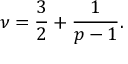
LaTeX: \nu = \frac { 3 } { 2 } + \frac { 1 } { p - 1 } .